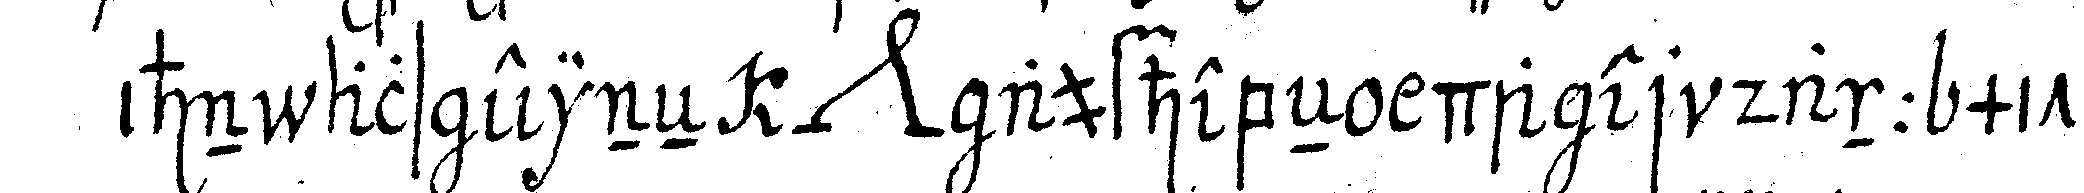
ihn als eineN *nee* aufhebebeN da er dann mit